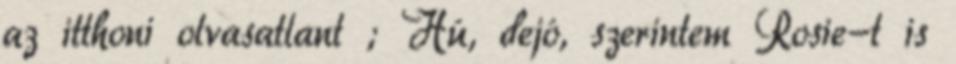
az itthoni olvasatlant ; Hú, dejó, szerintem Rosie-t is